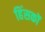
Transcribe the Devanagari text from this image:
हिंसकों